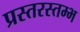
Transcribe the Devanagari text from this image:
प्रस्तरस्तम्भ